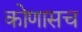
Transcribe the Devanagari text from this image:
कोणासच